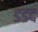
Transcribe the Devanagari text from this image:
डडद